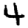
Digit: 4